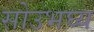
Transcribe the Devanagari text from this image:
सोउभघ्य